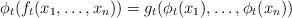
LaTeX: \begin{align*}\phi_t(f_t(x_1, \ldots, x_n))= g_t(\phi_t(x_1), \ldots, \phi_t(x_n))\end{align*}